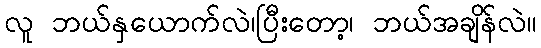
လူ ဘယ်နှယောက်လဲ၊ပြီးတော့၊ ဘယ်အချိန်လဲ။